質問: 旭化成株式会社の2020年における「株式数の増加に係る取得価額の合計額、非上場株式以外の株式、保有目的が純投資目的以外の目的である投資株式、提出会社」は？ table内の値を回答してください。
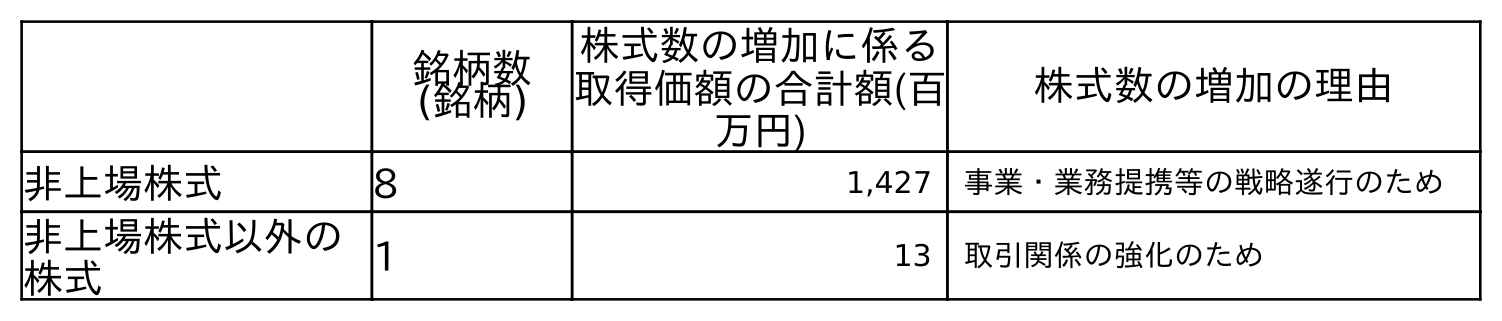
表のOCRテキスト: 銘柄数 (銘柄) 株式数の増加に係る 取得価額の合計額(百 万円) 株式数の増加の理由 非上場株式 8 1,427 事業・業務提携等の戦略遂行のため 非上場株式以外の 株式 1 13 取引関係の強化のため
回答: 13